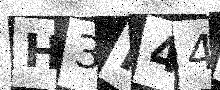
Text: H3K44W